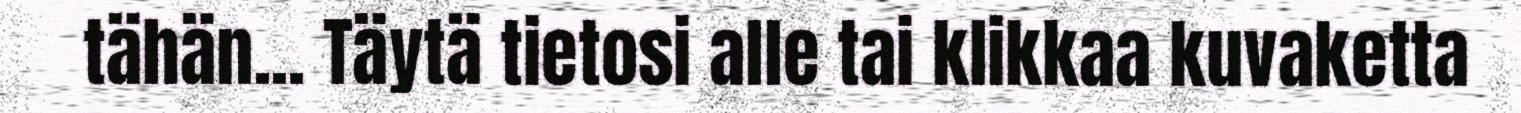
tähän... Täytä tietosi alle tai klikkaa kuvaketta